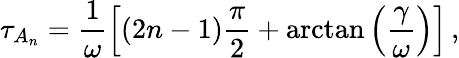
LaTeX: \tau_{A_{n}}=\frac{1}{\omega}\left[(2n-1)\frac{\pi}{2}+\arctan\left(\frac{\gamma}{\omega}\right)\right]\, ,